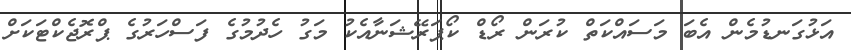
އަޅުގަނޑުމެން އެބަ މަސައްކަތް ކުރަން ރޯޑް ކޯޕަރޭޝަނާއެކު މަގު ހެދުމުގެ ފަސްހަރުގެ ޕްރޮޖެކްޓަކަށް